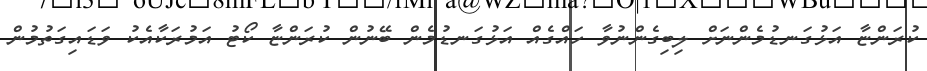
ކުރަންޏާ އަޅުގަނޑުމެންނަށް ލިބިގެންނުވާ ހައްގެއް އަޅުގަނޑުމެން ބޭނުން ކުރަންޏާ ކޯޓު އަމުރަކާއެކު ވަޑައިގަތުމުން